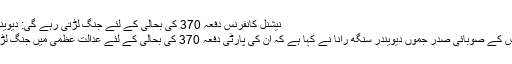
نیشنل کانفرنس دفعہ 370 کی بحالی کے لئے جنگ لڑتی رہے گی: دیویندر سنگھ رانا
نیشنل کانفرنس کے صوبائی صدر جموں دیویندر سنگھ رانا نے کہا ہے کہ ان کی پارٹی دفعہ 370 کی بحالی کے لئے عدالت عظمیٰ میں جنگ لڑتی رہے گی۔